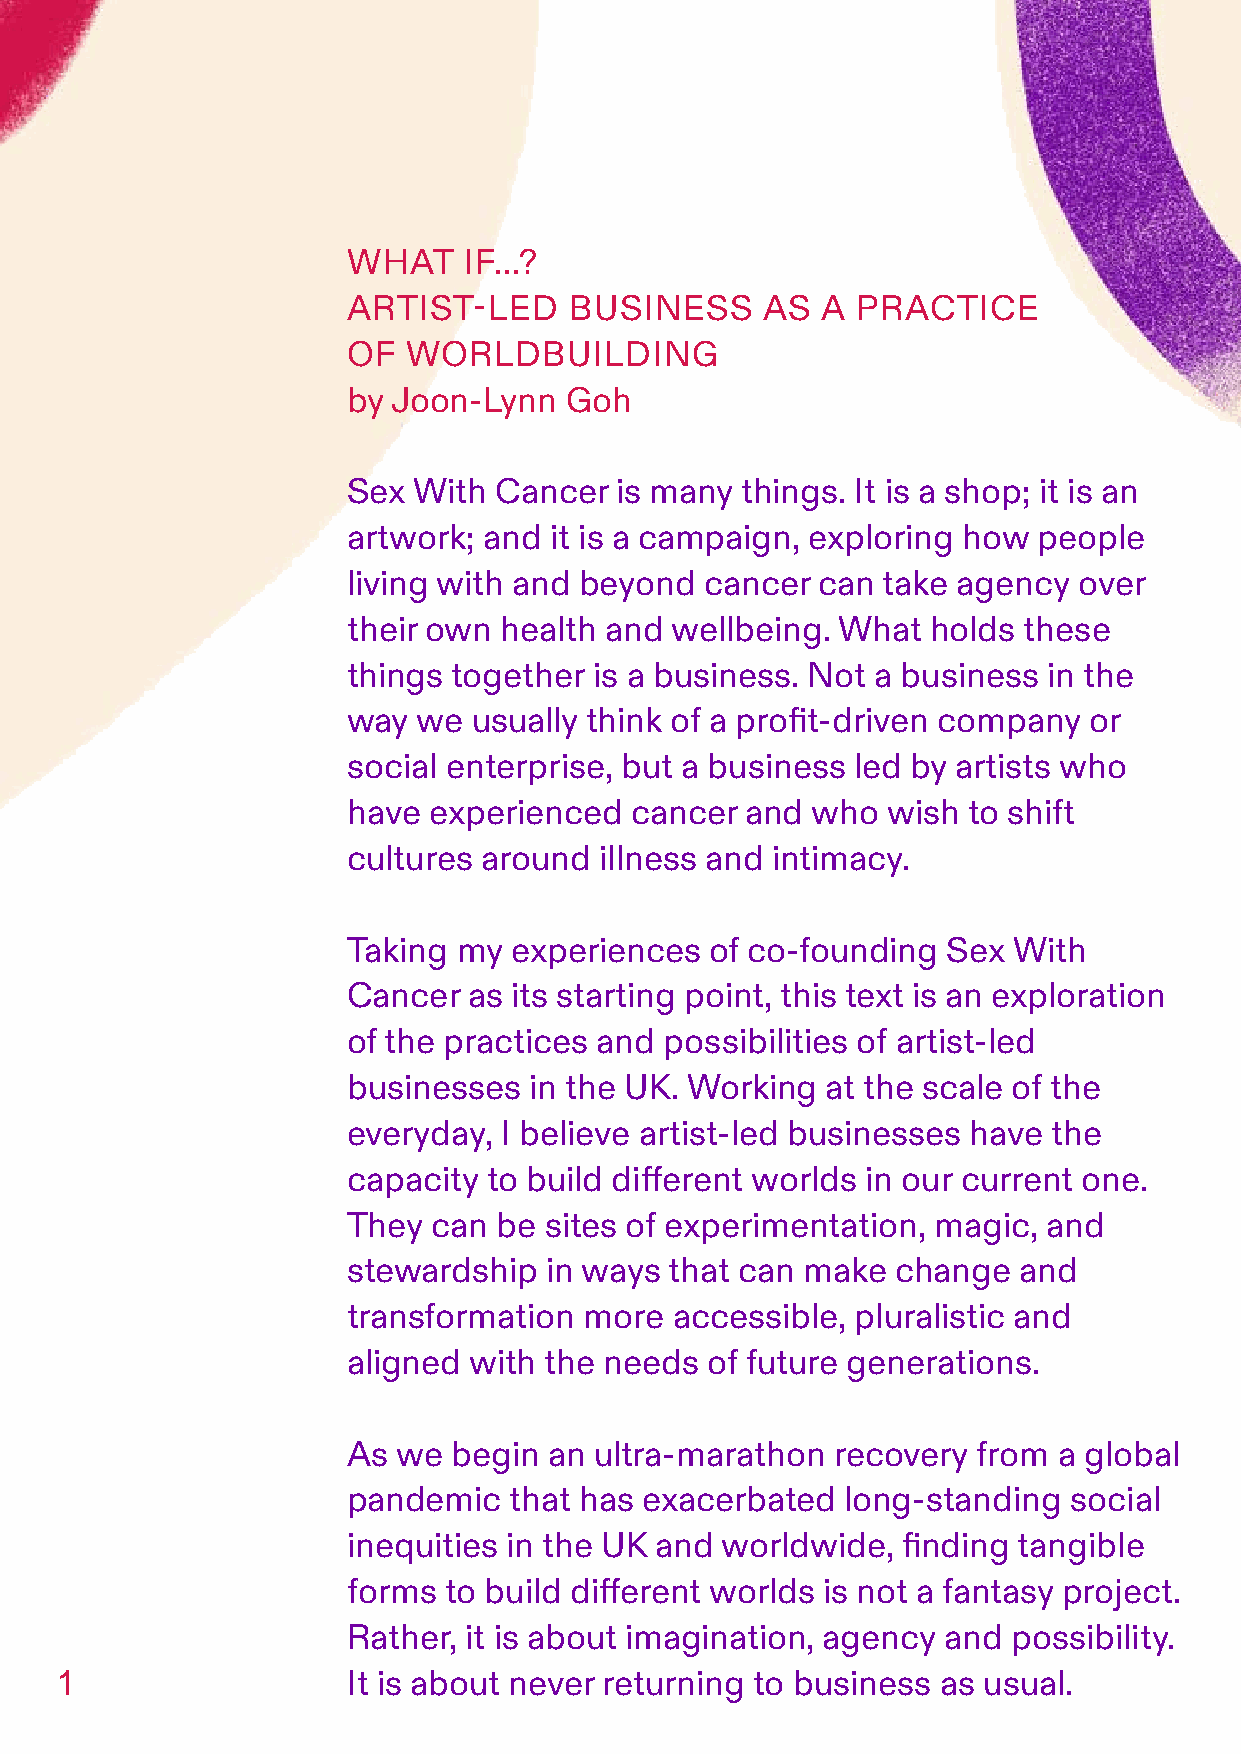
WHAT    IF…?
 ARTIST-LED     BUSINESS     AS A  PRACTICE
 OF  WORLDBUILDING
 by Joon-Lynn  Goh
 Sex With  Cancer  is many things. It is a shop; it is an
 artwork; and it is a campaign, exploring how  people
 living with and beyond  cancer can take agency  over
 their own health and wellbeing.  What  holds these
 things together is a business. Not a business in the
 way  we usually think of a profit-driven company or
 social enterprise, but a business led by artists who
 have experienced   cancer and  who  wish to shift
 cultures around  illness and intimacy.
 Taking my  experiences  of co-founding  Sex With
 Cancer  as its starting point, this text is an exploration
 of the practices and possibilities of artist-led
 businesses  in the UK. Working  at the scale of the
 everyday, I believe artist-led businesses have the
 capacity to build different worlds in our current one.
 They  can be sites of experimentation, magic, and
 stewardship  in ways that can make  change  and
 transformation  more  accessible, pluralistic and
 aligned with the needs  of future generations.
 As we  begin an ultra-marathon  recovery  from a global
 pandemic   that has exacerbated  long-standing  social
 inequities in the UK and worldwide,  finding tangible
 forms to build different worlds is not a fantasy project.
 Rather, it is about imagination, agency and possibility.
 1                  It is about never returning to business as usual.